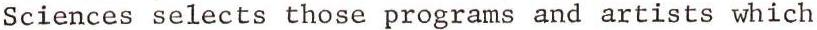
Sciences selects those programs and artists which